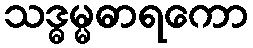
သဒ္ဓမ္မဓာရကော